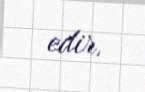
edir.